Report of an investigation into the causes of the diseases known in Assam as Kála-Azár and Beri-Beri
Disease focus: Beri-Beri
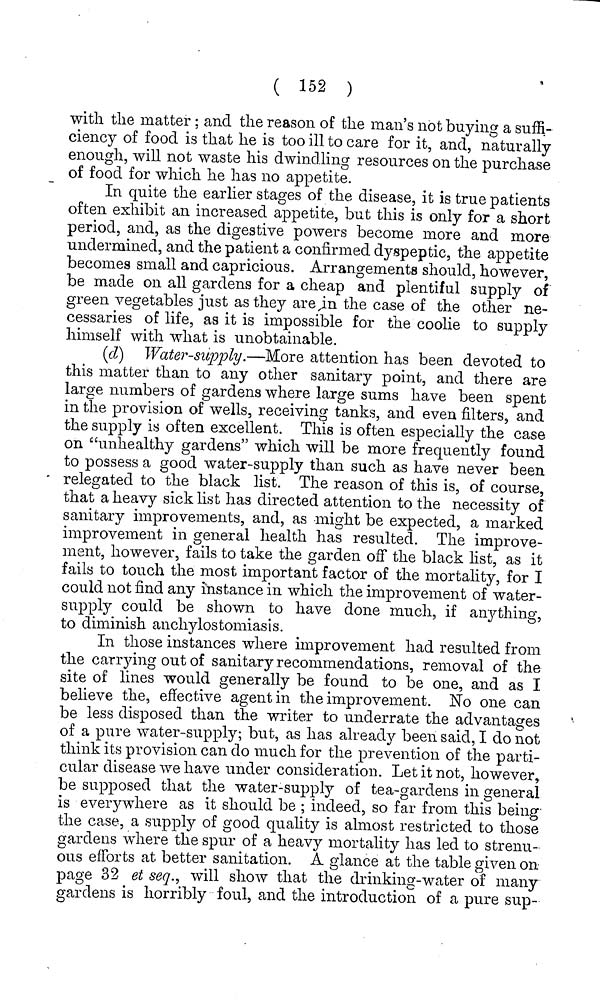
( 152 )
with the matter; and the reason of the man's not buying a suffi-
ciency of food is that he is too ill to care for it, and, naturally
enough, will not waste his dwindling resources on the purchase
of food for which he has no appetite.
In quite the earlier stages of the disease, it is true patients
often exhibit an increased appetite, but this is only for a short
period, and, as the digestive powers become more and more
undermined, and the patient a confirmed dyspeptic, the appetite
becomes small and capricious. Arrangements should, however,
be made on all gardens for a cheap and plentiful supply of
green vegetables just as they are in the case of the other ne-
cessaries of life, as it is impossible for the coolie to supply
himself with what is unobtainable.
(d) Water-supply.—More attention has been devoted to
this matter than to any other sanitary point, and there are
large numbers of gardens where large sums have been spent
in the provision of wells, receiving tanks, and even filters, and
the supply is often excellent. This is often especially the case
on "unhealthy gardens" which will be more frequently found
to possess a good water-supply than such as have never been
relegated to the black list. The reason of this is, of course,
that a heavy sick list has directed attention to the necessity of
sanitary improvements, and, as might be expected, a marked
improvement in general health has resulted. The improve-
ment, however, fails to take the garden off the black list, as it
fails to touch the most important factor of the mortality, for I
could not find any instance in which the improvement of water-
supply could be shown to have done much, if anything,
to diminish anchylostomiasis.
In those instances where improvement had resulted from
the carrying out of sanitary recommendations, removal of the
site of lines would generally be found to be one, and as I
believe the, effective agent in the improvement. No one can
be less disposed than the writer to underrate the advantages
of a pure water-supply; but, as has already been said, I do not
think its provision can do much for the prevention of the parti-
cular disease we have under consideration. Let it not, however,
be supposed that the water-supply of tea-gardens in general
is everywhere as it should be ; indeed, so far from this being
the case, a supply of good quality is almost restricted to those
gardens where the spur of a heavy mortality has led to strenu-
ous efforts at better sanitation. A. glance at the table given on
page 32 et seq., will show that the drinking-water of many
gardens is horribly foul, and the introduction of a pure sup-